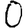
Digit: 0